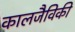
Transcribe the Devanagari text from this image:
कालजैविकी